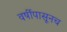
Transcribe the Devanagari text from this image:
वर्षीपासूनच